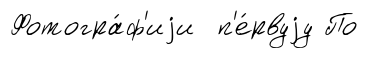
Фотогра́ф'иjи п'е́рвуjу По